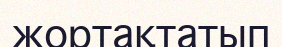
жортақтатып